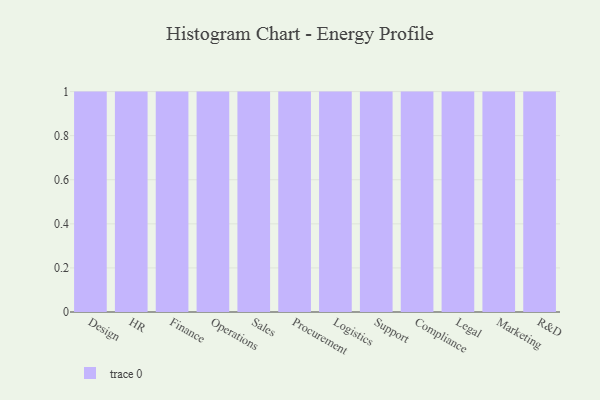
{"axis": {"x": "Department", "y": "LTV (USD)"}, "legend": [""], "data": [{"x": "Design", "y": 89, "type": ""}, {"x": "HR", "y": 98, "type": ""}, {"x": "Finance", "y": 62, "type": ""}, {"x": "Operations", "y": 49, "type": ""}, {"x": "Sales", "y": 6, "type": ""}, {"x": "Procurement", "y": 27, "type": ""}, {"x": "Logistics", "y": 26, "type": ""}, {"x": "Support", "y": 19, "type": ""}, {"x": "Compliance", "y": 3, "type": ""}, {"x": "Legal", "y": 43, "type": ""}, {"x": "Marketing", "y": 7, "type": ""}, {"x": "R&D", "y": 60, "type": ""}]}